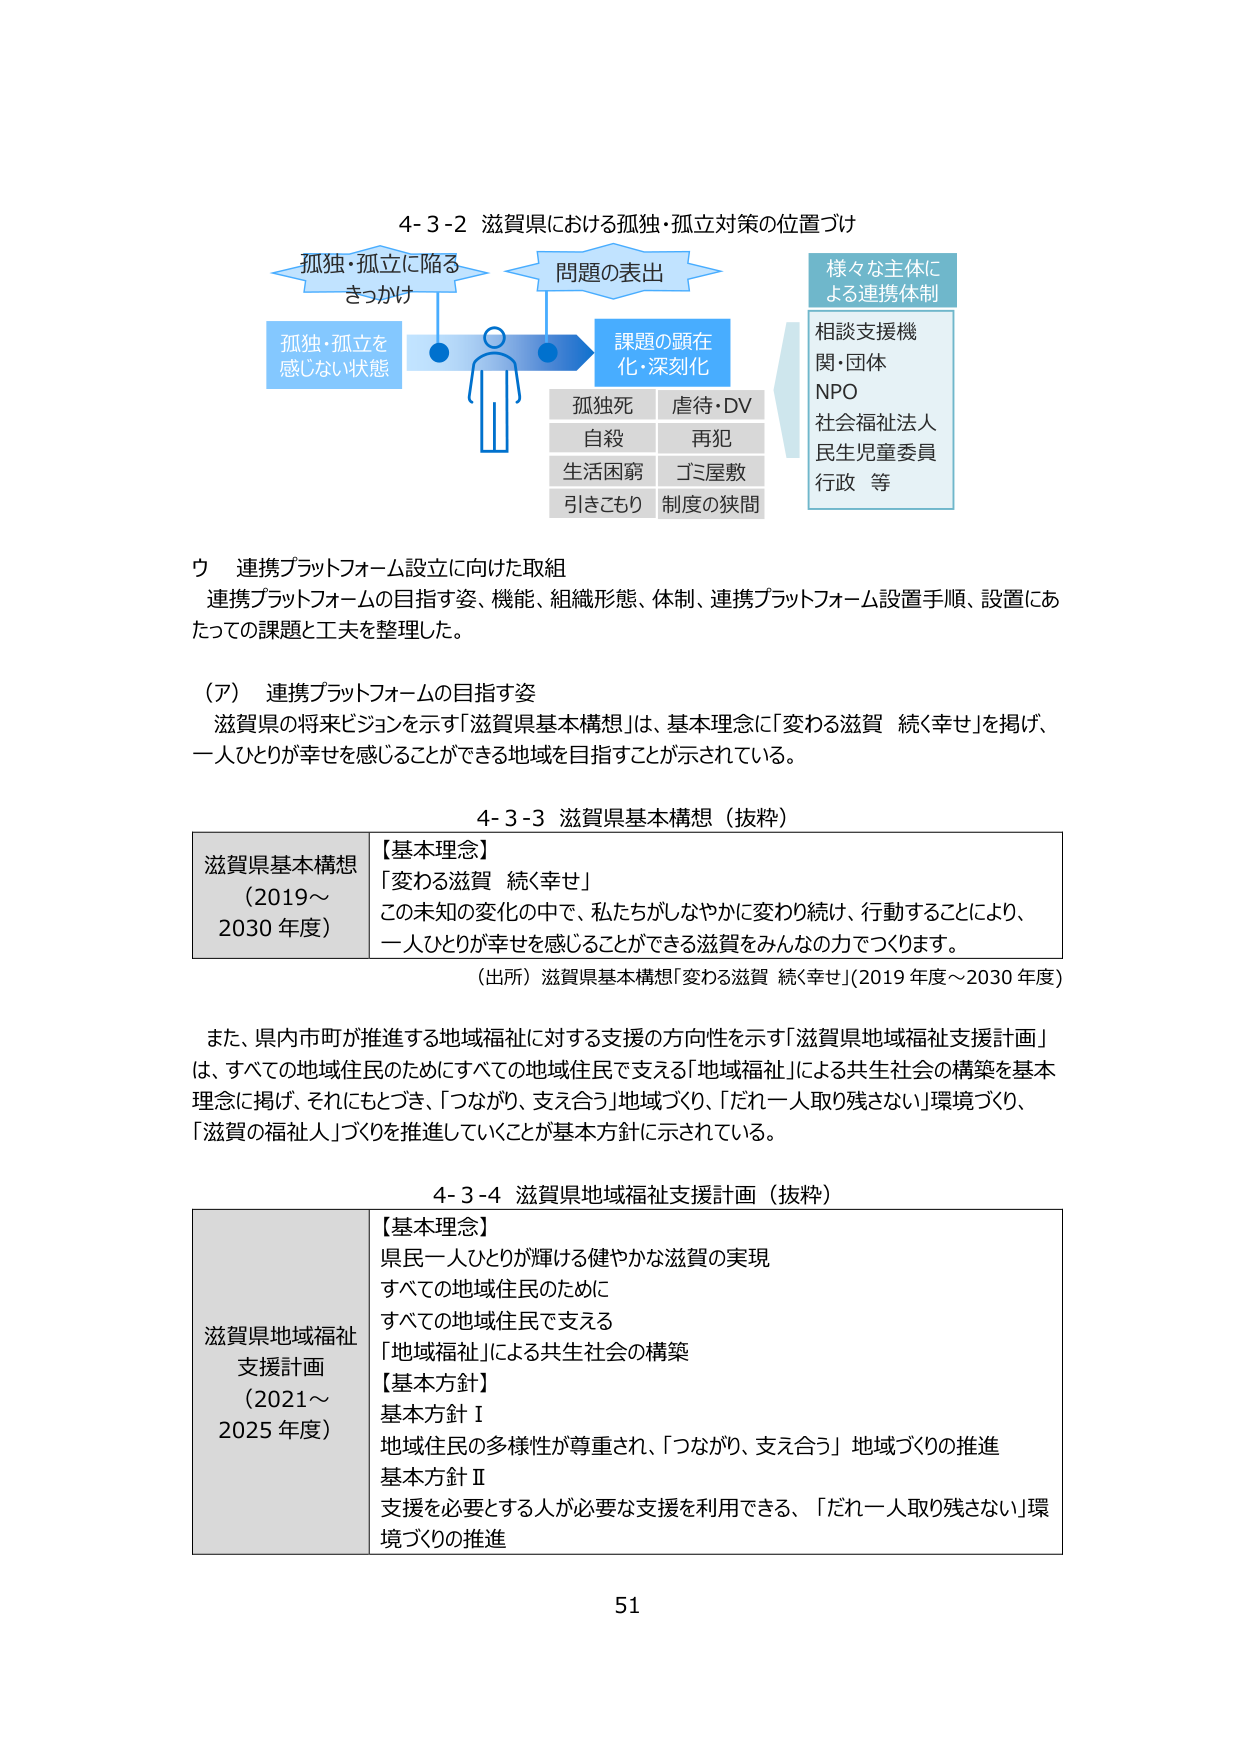
4-3-2 滋賀県における孤独・孤立対策の位置づけ
孤独・孤立に陥る
きっかけ
問題の表出
孤独・孤立を
感じない状態
課題の顕在
化・深刻化
様々な主体に
よる連携体制
相談支援機
関・団体
NPO
社会福祉法人
民生児童委員
行政 等
孤独死 虐待・DV
自殺 再犯
生活困窮 ゴミ屋敷
引きこもり 制度の狭間

ウ 連携プラットフォーム設立に向けた取組
連携プラットフォームの目指す姿、機能、組織形態、体制、連携プラットフォーム設置手順、設置にあたっての課題と工夫を整理した。

（ア） 連携プラットフォームの目指す姿
滋賀県の将来ビジョンを示す「滋賀県基本構想」は、基本理念に「変わる滋賀 続く幸せ」を掲げ、一人ひとりが幸せを感じることができる地域を目指すことが示されている。

4-3-3 滋賀県基本構想（抜粋）
滋賀県基本構想
（2019～
2030 年度）
【基本理念】
「変わる滋賀 続く幸せ」
この未知の変化の中で、私たちがしなやかに変わり続け、行動することにより、
一人ひとりが幸せを感じることができる滋賀をみんなの力でつくります。
（出所）滋賀県基本構想「変わる滋賀 続く幸せ」（2019 年度～2030 年度）

また、県内市町が推進する地域福祉に対する支援の方向性を示す「滋賀県地域福祉支援計画」は、すべての地域住民のためにすべての地域住民で支える「地域福祉」による共生社会の構築を基本理念に掲げ、それにもとづき、「つながり、支え合う」地域づくり、「だれ一人取り残さない」環境づくり、「滋賀の福祉人」づくりを推進していくことが基本方針に示されている。

4-3-4 滋賀県地域福祉支援計画（抜粋）
滋賀県地域福祉
支援計画
（2021～
2025 年度）
【基本理念】
県民一人ひとりが輝ける健やかな滋賀の実現
すべての地域住民のために
すべての地域住民で支える
「地域福祉」による共生社会の構築
【基本方針】
基本方針Ⅰ
地域住民の多様性が尊重され、「つながり、支え合う」地域づくりの推進
基本方針Ⅱ
支援を必要とする人が必要な支援を利用できる、「だれ一人取り残さない」環境づくりの推進

51